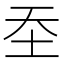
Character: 𰉛